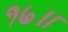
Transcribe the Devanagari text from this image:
१७॥